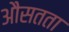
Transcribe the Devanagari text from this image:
औसतता